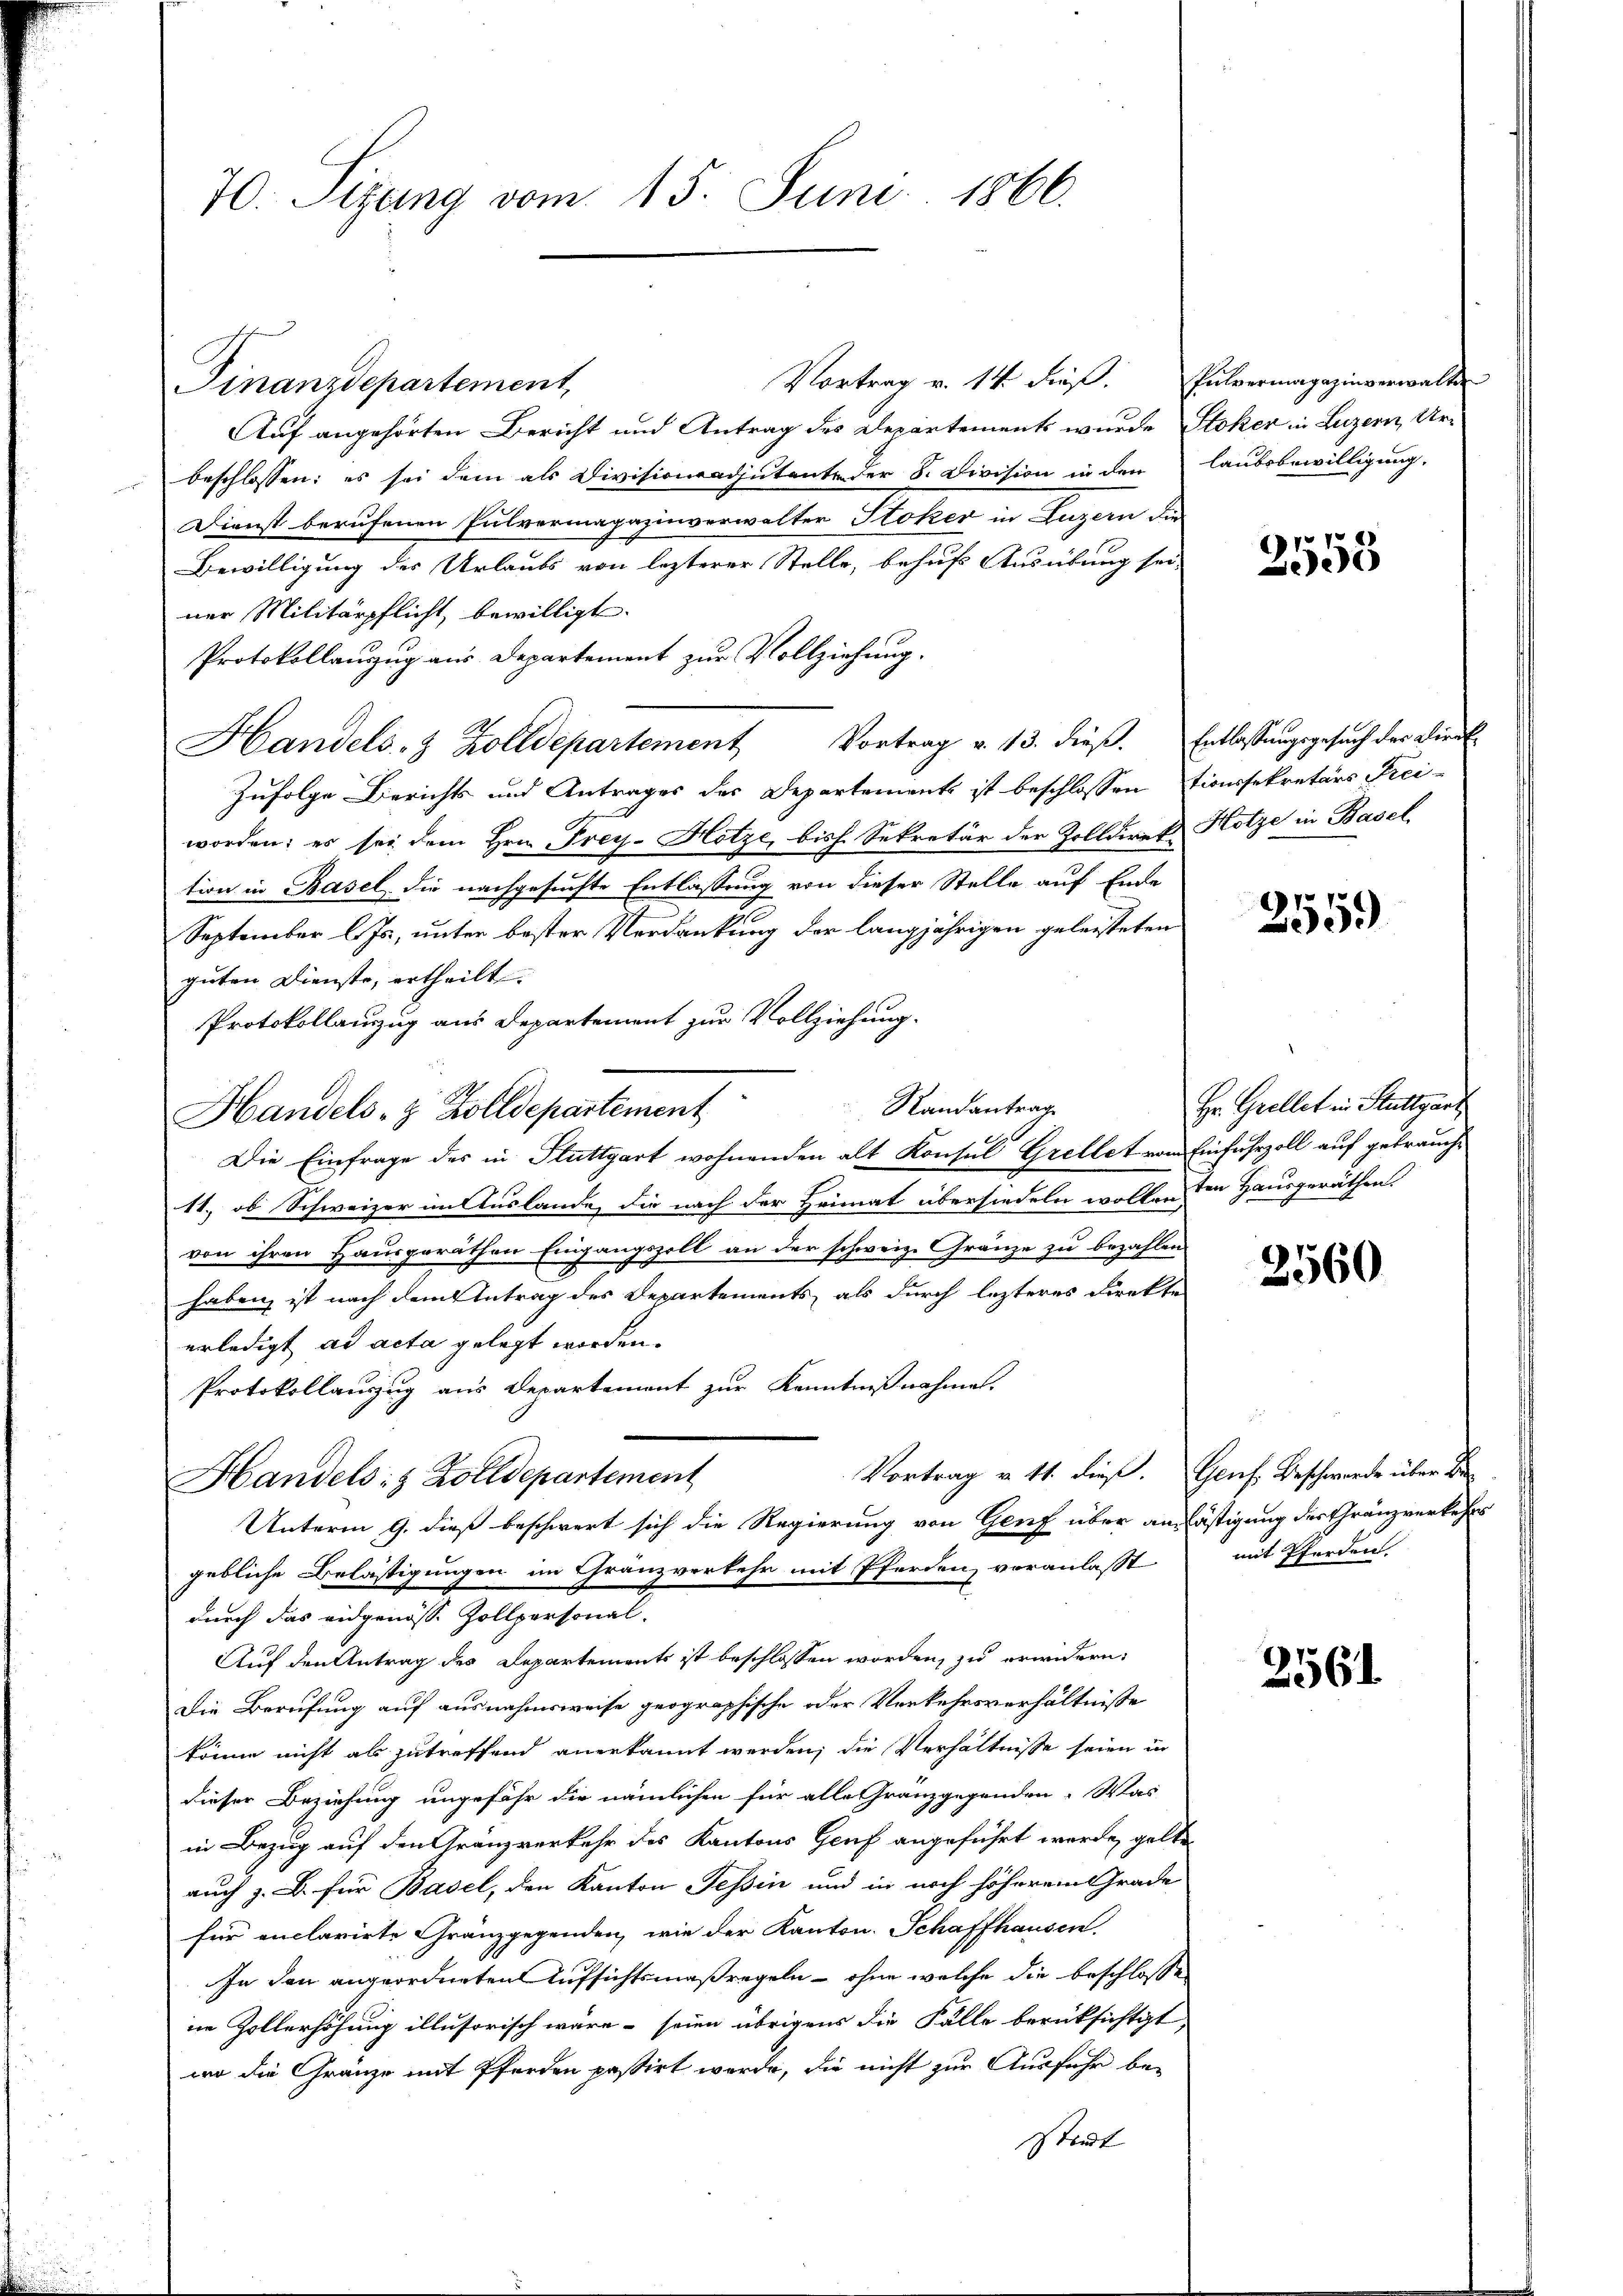
70. Sitzung vom 15. Juni 1866.

Vortrag v. 14 dieß. Pulvermagazinverwalter
Auf angehörten Bericht und Antrag des Departements wurde Stoker in Luzern, Urbeschlossen: es sei dem als Divisionsadjutante der S. Division in den laubsbewilligung.
Dienst berufenen Pulvermagazinverwalter Stoker in Luzern die
Bewilligung des Urlaubs von lezterer Stelle, behuf Ausübung sei-
ner Militärpflicht, bewilligt.
Protokollauszug aus Departement zur Vollziehung.
Handels- & Zolldepartement Vortrag v. 13. dieβ. Entlassungsgesuch der Direk
Zufolge Berichts und Antrages des Departements ist beschlossen stionssekretärs Frei-
worden; es sei dem Hrn. Frey-Hotze, bish. Sekretär der Zolldiret Hotze in Basel
tion in Basel die nachgesuchte Entlassung von dieser Stelle auf Ende
September l. Js., unter bester Verdankung der langjährigen geleisteten
guten Dienste, ertheilt.
Protokollanzug aus Departement zur Vollziehung.
Randantrag
Handels- & Zolldepartement
Die Einfrage des in Fluttgart wohnenden alt Konsul Grellet vom Einfuhrzoll auf gebrauche
11., ob Schweizer im Auslande, die nach der Heimat übersiedeln wollen den Hausgeräthen.
von ihren Hausgeräthen Eingangszoll an der schweiz. Gränze zu bezahlen
7
f
haben, ist nach dem Antrag des Departements, als durch lezteres Direkte
erledigt ad acta gelegt worden.
Protokollauszug aus Departement zur Kenntnißnahme.
Vortrag v. 11. dieß. Genf. Beschwerde über Be
Handels 8 Zolldepartement
Unterm 9. dieß beschwert sich die Regierung von Genf über am lästigung des Gränzverkehrs
gebliche Belästigungen im Gränzverkehr mit Pferden, veranlasst
durch das eidgenöss. Zollpersonal-
Auf den Antrag des Departements ist beschlossen worden, zu erwidern:
Die Berufung auf ausnahmsweise geographische oder Verkehrsverhältnisse
könne nicht als zutreffend anerkannt werden; die Verhältnisse seien in
dieser Beziehung ungefähr die nämlichen für alleranzgegenden. Was
in Bezug auf den Gränzverkehr des Kantons Genf angeführt werde, gelten
auch z. B. für Basel, den Kanton Tessin und in noch höherem Grade
für enclarirte Gränzgegenden, wie der Kanton. Schaffhausen,
In den angeordneten Aufsichtsmaßregeln - ohne welche die beschlossen
in Zollerhöhung illusorisch wäre - seien übrigens die Fälle berüksichtigt,
wo die Gränze mit Pferden passirt werde, die nicht zur Ausfuhr bestadt

Finanzdepartement,

3558

255)

Hr. Grellet in Stuttgart

2560

mit Pferden.

2561